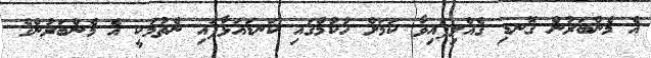
އެ މެންބަރުން ގޮނޑި ގެއްލިފައިވާ ކަމަށް ހުކުމްގައި ކަނޑައަޅާފައި ނެތުމަކީ އެ މެންބަރުންގެ